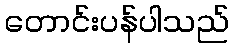
တောင်းပန်ပါသည်